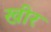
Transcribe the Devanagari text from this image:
खीर